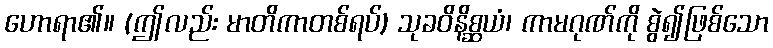
ဟောရာ၏။ (ဤလည်း မာတိကာတစ်ရပ်) သုခဝိနိစ္ဆယံ၊ ကာမဂုဏ်ကို စွဲ၍ဖြစ်သော